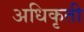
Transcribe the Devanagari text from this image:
अधिकृती